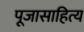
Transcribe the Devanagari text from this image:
पूजासाहित्य